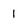
Character: 1